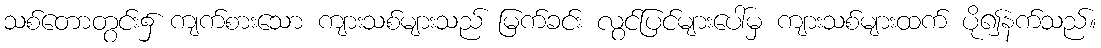
သစ်တောတွင်း၌ ကျက်စားသော ကျားသစ်များသည် မြက်ခင်း လွင်ပြင်များပေါ်မှ ကျားသစ်များထက် ပို၍နက်သည်။